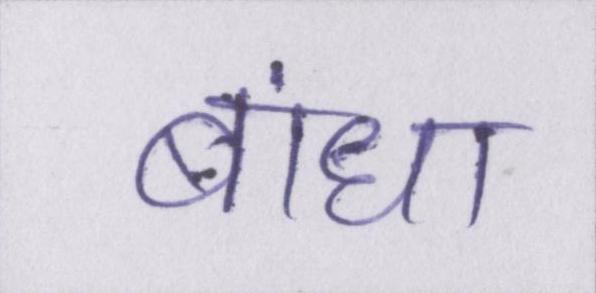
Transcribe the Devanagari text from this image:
बांधा